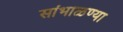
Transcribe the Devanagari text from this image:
सांभाळण्या